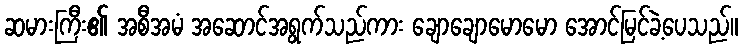
ဆမားကြီး၏ အစီအမံ အဆောင်အရွက်သည်ကား ချောချောမောမော အောင်မြင်ခဲ့ပေသည်။